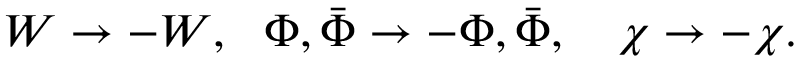
W \rightarrow - W , ~ ~ \Phi , \bar { \Phi } \rightarrow - \Phi , \bar { \Phi } , ~ ~ ~ \chi \rightarrow - \chi .